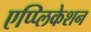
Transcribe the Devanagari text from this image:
एप्प्लिकेशन